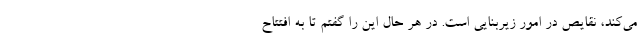
می‌کند، نقایص در امور زیربنایی است. در هر حال این را گفتم تا به افتتاح